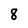
Character: 8